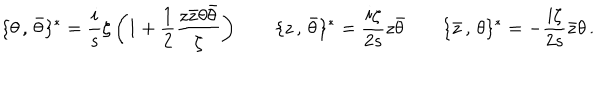
LaTeX: \{ \theta \, , \, \bar { \theta } \} ^ { \ast } = \frac { i } { s } \zeta \left( 1 + \frac { 1 } { 2 } \frac { z \bar { z } \theta \bar { \theta } } { \zeta } \right) \qquad \{ z \, , \, \bar { \theta } \} ^ { \ast } = \frac { i \zeta } { 2 s } z \bar { \theta } \qquad \{ \bar { z } \, , \, \theta \} ^ { \ast } = - \frac { i \zeta } { 2 s } \bar { z } \theta \, .